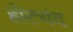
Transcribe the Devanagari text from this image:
होटचंद